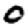
Digit: 0